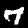
Digit: 7